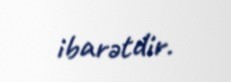
ibarətdir.